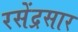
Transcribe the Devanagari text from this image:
रसेंद्रसार